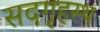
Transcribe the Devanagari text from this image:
सदगृहस्थ